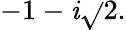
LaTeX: -1-\mathit{i}{\sqrt{}{{2}}}.